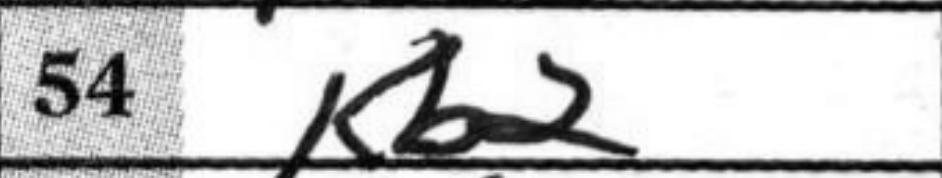
Transcription: Kb2